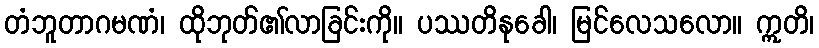
တံဘူတာဂမဏံ၊ ထိုဘုတ်၏လာခြင်းကို။ ပဿတိနုခေါ၊ မြင်လေသလော။ ဣတိ၊